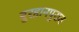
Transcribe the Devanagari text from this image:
बुरहानपुरात